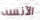
الآنسه